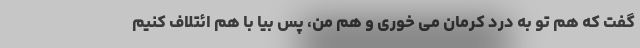
گفت که هم تو به درد کرمان می خوری و هم من، پس بیا با هم ائتلاف کنیم